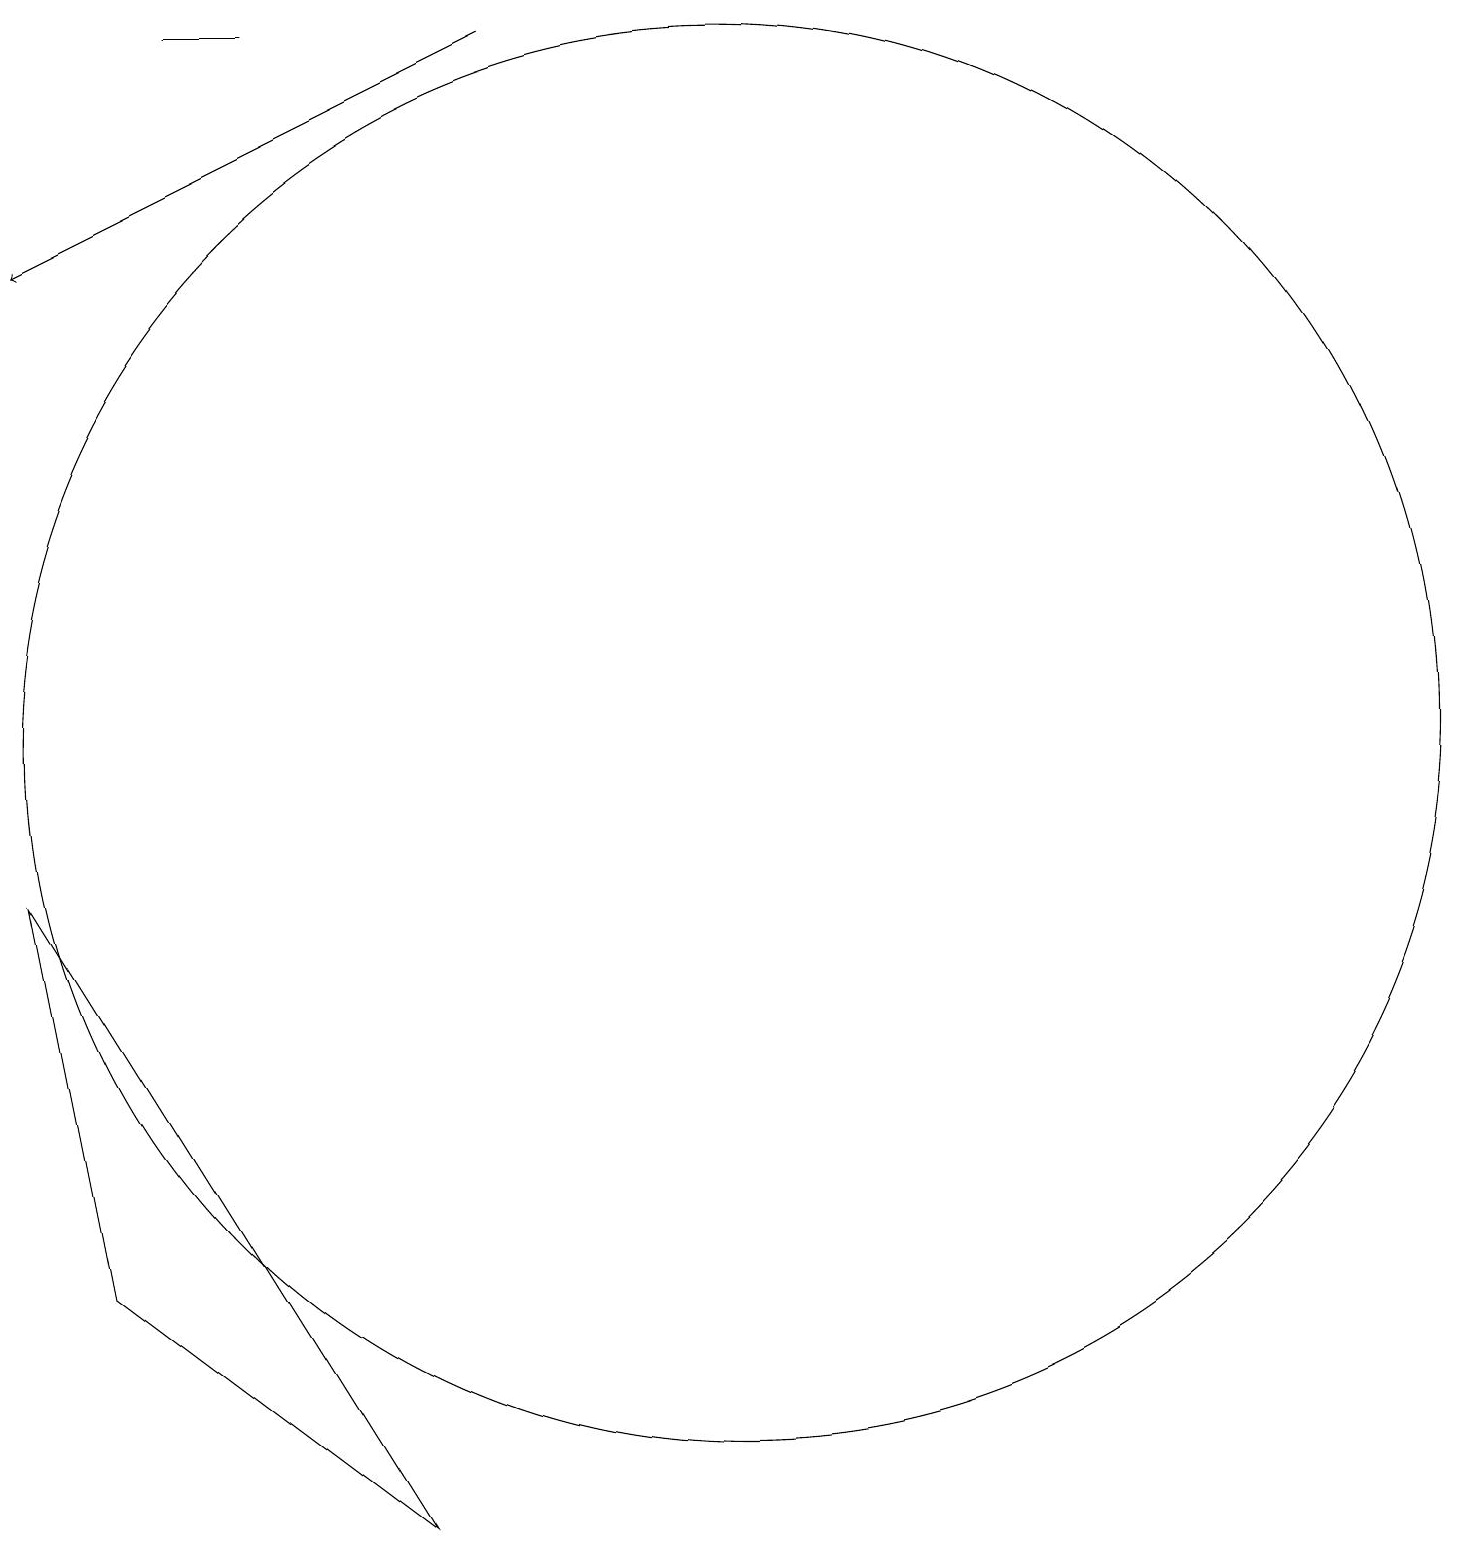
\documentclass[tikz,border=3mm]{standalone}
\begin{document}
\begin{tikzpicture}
\draw (1,8) -- (6,0) -- (2,3) -- cycle;
\draw (4,19) rectangle (3,19);
\draw[->] (7,19) -- (1,16);
\draw (10,10) circle (9);
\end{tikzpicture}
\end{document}